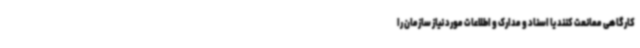
کارگاهی ممانعت کنند یا اسناد و مدارک و اطلاعات مورد نیاز سازمان را